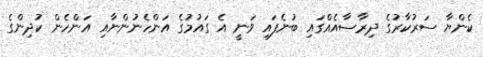
ކެންޔާ ސަރުކާރުގެ ދިރާސާއެއްގައި ބުނެފައި ވަނީ އެ ގައުމުގެ އަންހެނުންނާއި އަންހެން ކުދިންގެ